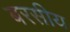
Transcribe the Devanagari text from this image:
बरसीय